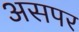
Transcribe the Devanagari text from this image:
असपर